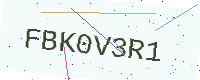
Text: FBK0V3R1